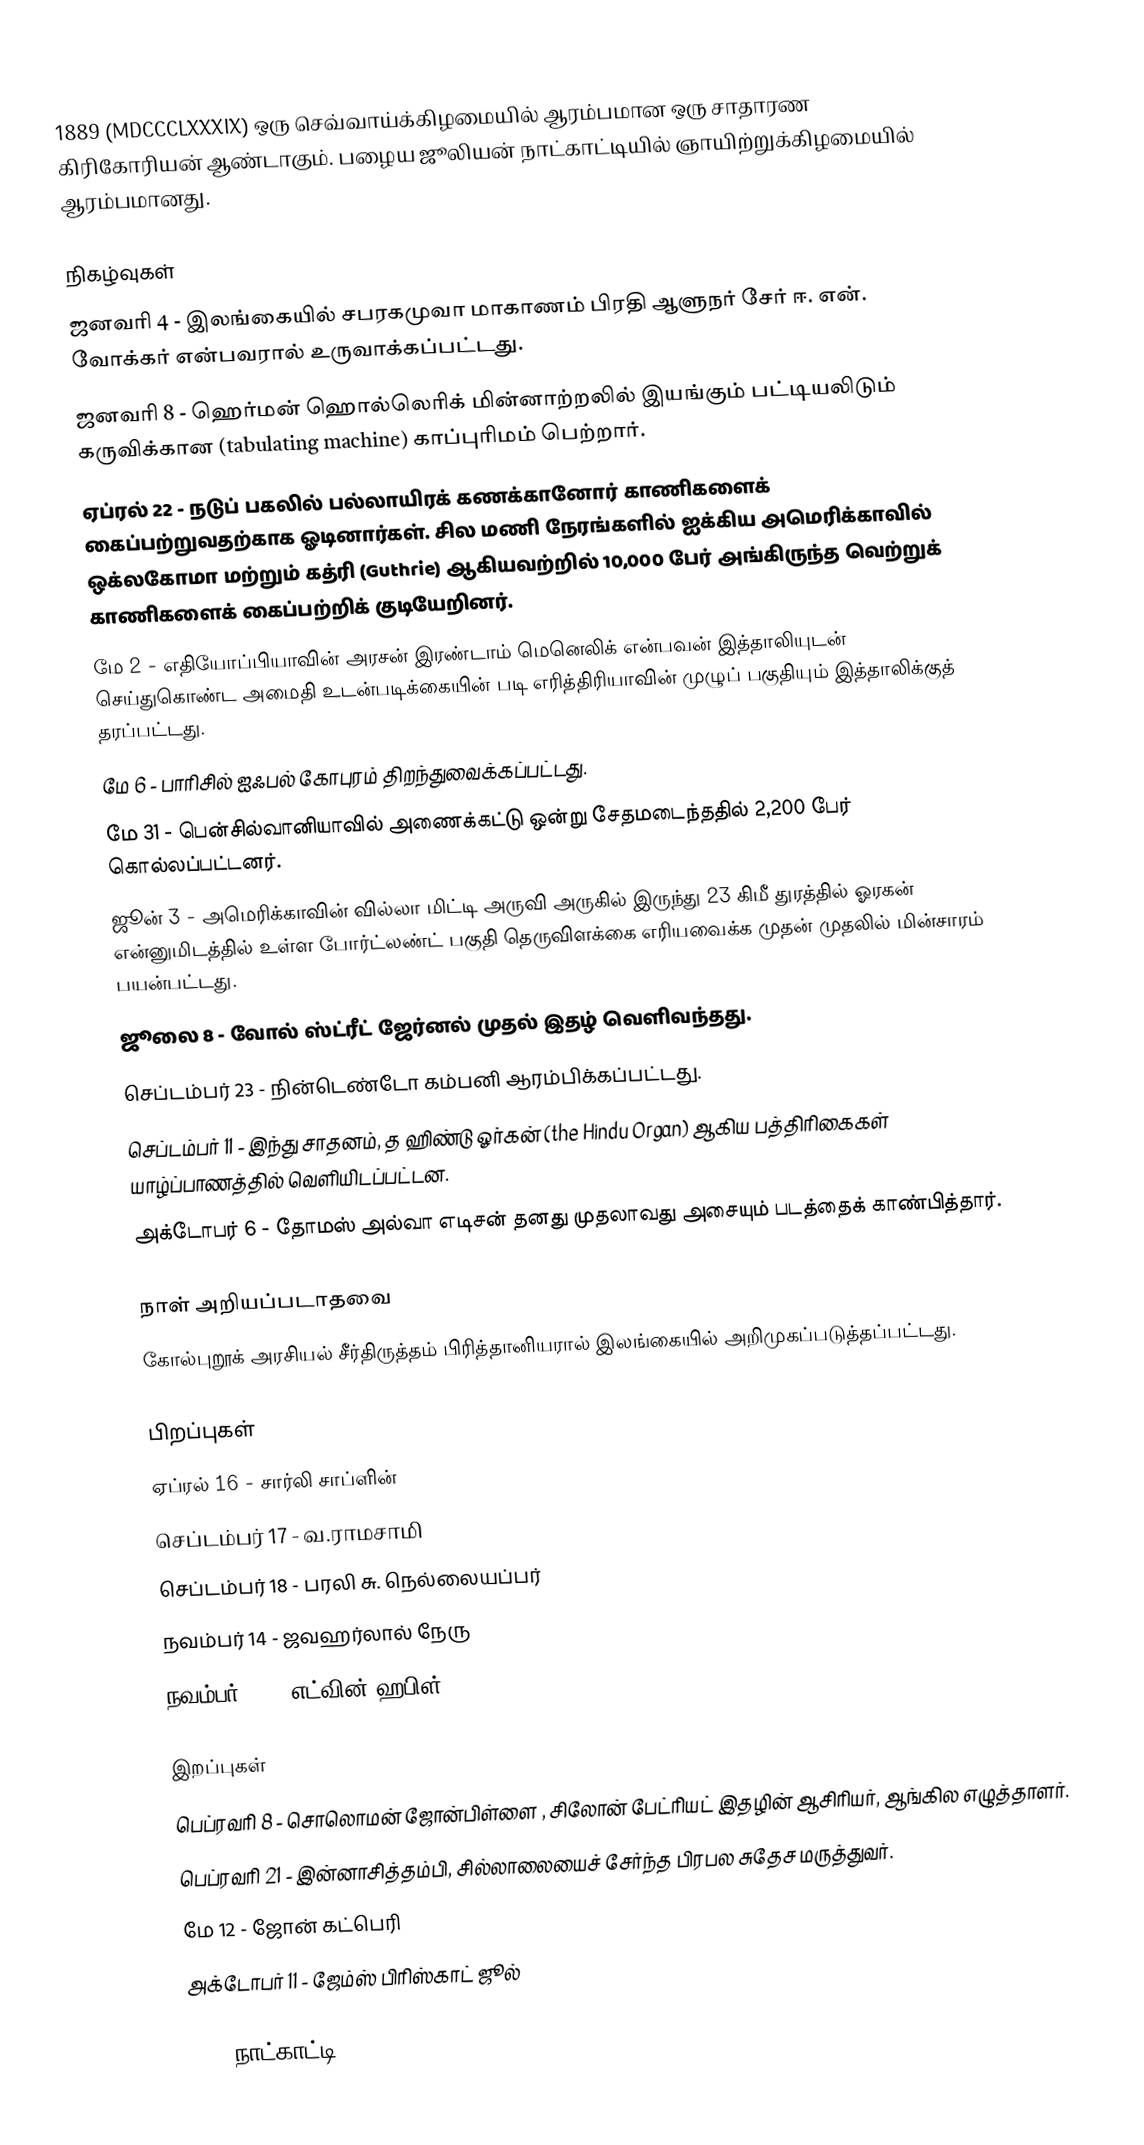
1889  (MDCCCLXXXIX) ஒரு செவ்வாய்க்கிழமையில் ஆரம்பமான ஒரு சாதாரண கிரிகோரியன் ஆண்டாகும். பழைய ஜூலியன் நாட்காட்டியில் ஞாயிற்றுக்கிழமையில் ஆரம்பமானது.

நிகழ்வுகள்
 ஜனவரி 4 - இலங்கையில் சபரகமுவா மாகாணம் பிரதி ஆளுநர் சேர் ஈ. என். வோக்கர் என்பவரால் உருவாக்கப்பட்டது.
 ஜனவரி 8 - ஹெர்மன் ஹொல்லெரிக் மின்னாற்றலில் இயங்கும் பட்டியலிடும் கருவிக்கான (tabulating machine) காப்புரிமம் பெற்றார்.
 ஏப்ரல் 22 - நடுப் பகலில் பல்லாயிரக் கணக்கானோர் காணிகளைக் கைப்பற்றுவதற்காக ஓடினார்கள். சில மணி நேரங்களில் ஐக்கிய அமெரிக்காவில் ஒக்லகோமா மற்றும் கத்ரி (Guthrie) ஆகியவற்றில் 10,000 பேர் அங்கிருந்த வெற்றுக் காணிகளைக் கைப்பற்றிக் குடியேறினர்.
 மே 2 - எதியோப்பியாவின் அரசன் இரண்டாம் மெனெலிக் என்பவன் இத்தாலியுடன் செய்துகொண்ட அமைதி உடன்படிக்கையின் படி எரித்திரியாவின் முழுப் பகுதியும் இத்தாலிக்குத் தரப்பட்டது.
 மே 6 - பாரிசில் ஐஃபல் கோபுரம் திறந்துவைக்கப்பட்டது.
 மே 31 - பென்சில்வானியாவில் அணைக்கட்டு ஒன்று சேதமடைந்ததில் 2,200 பேர் கொல்லப்பட்டனர்.
 ஜூன் 3 - அமெரிக்காவின் வில்லா மிட்டி அருவி அருகில் இருந்து 23 கிமீ துரத்தில் ஓரகன் என்னுமிடத்தில் உள்ள போர்ட்லண்ட் பகுதி தெருவிளக்கை எரியவைக்க முதன் முதலில் மின்சாரம் பயன்பட்டது.
 ஜூலை 8 - வோல் ஸ்ட்ரீட் ஜேர்னல் முதல் இதழ் வெளிவந்தது.
 செப்டம்பர் 23 - நின்டெண்டோ கம்பனி ஆரம்பிக்கப்பட்டது.
 செப்டம்பர் 11 - இந்து சாதனம், த ஹிண்டு ஓர்கன் (the Hindu Organ) ஆகிய பத்திரிகைகள் யாழ்ப்பாணத்தில் வெளியிடப்பட்டன.
 அக்டோபர் 6 - தோமஸ் அல்வா எடிசன் தனது முதலாவது அசையும் படத்தைக் காண்பித்தார்.

நாள் அறியப்படாதவை
 கோல்புறூக் அரசியல் சீர்திருத்தம் பிரித்தானியரால் இலங்கையில் அறிமுகப்படுத்தப்பட்டது.

பிறப்புகள்
 ஏப்ரல் 16 - சார்லி சாப்ளின்
 செப்டம்பர் 17 - வ.ராமசாமி
 செப்டம்பர் 18 - பரலி சு. நெல்லையப்பர்
 நவம்பர் 14 - ஜவஹர்லால் நேரு
 நவம்பர் 29 - எட்வின் ஹபிள்

இறப்புகள்
 பெப்ரவரி 8 - சொலொமன் ஜோன்பிள்ளை , சிலோன் பேட்ரியட் இதழின் ஆசிரியர், ஆங்கில எழுத்தாளர்.
 பெப்ரவரி 21 - இன்னாசித்தம்பி, சில்லாலையைச் சேர்ந்த பிரபல சுதேச மருத்துவர்.
 மே 12 - ஜோன் கட்பெரி
 அக்டோபர் 11 - ஜேம்ஸ் பிரிஸ்காட் ஜூல்

1889 நாட்காட்டி